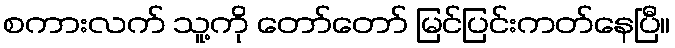
စကားလက် သူ့ကို တော်တော် မြင်ပြင်းကတ်နေပြီ။